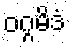
ဝဂ္ဂမိဒံ